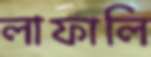
লাফালি